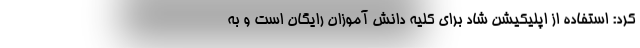
کرد: استفاده از اپلیکیشن شاد برای کلیه دانش آموزان رایگان است و به